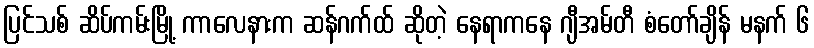
ပြင်သစ် ဆိပ်ကမ်းမြို့ ကာလေနားက ဆန်ဂက်ထ် ဆိုတဲ့ နေရာကနေ ဂျီအမ်တီ စံတော်ချိန် မနက် ၆